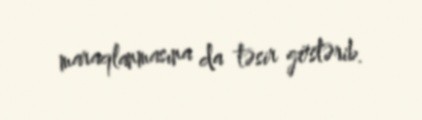
maraqlanmasına da təsir göstərib.